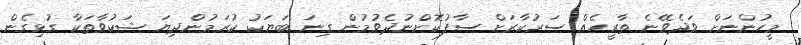
މީހުންނަށް ވަދެވޭނެ ތާރީހެއް ސަރުކާރަށް ސާފުކޮށްނުދެވުމުން ގިނަ ބަޔަކު ކުރަމުންދިޔަ ޝަކުވާތަކާ ގުޅިގެން